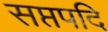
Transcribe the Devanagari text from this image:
सप्तपदि